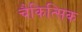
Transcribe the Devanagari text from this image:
चैकित्सिक